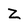
Character: Z